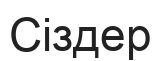
Сіздер